Sketch of the medical history of the native army of Bombay, for the year
Year: 1872
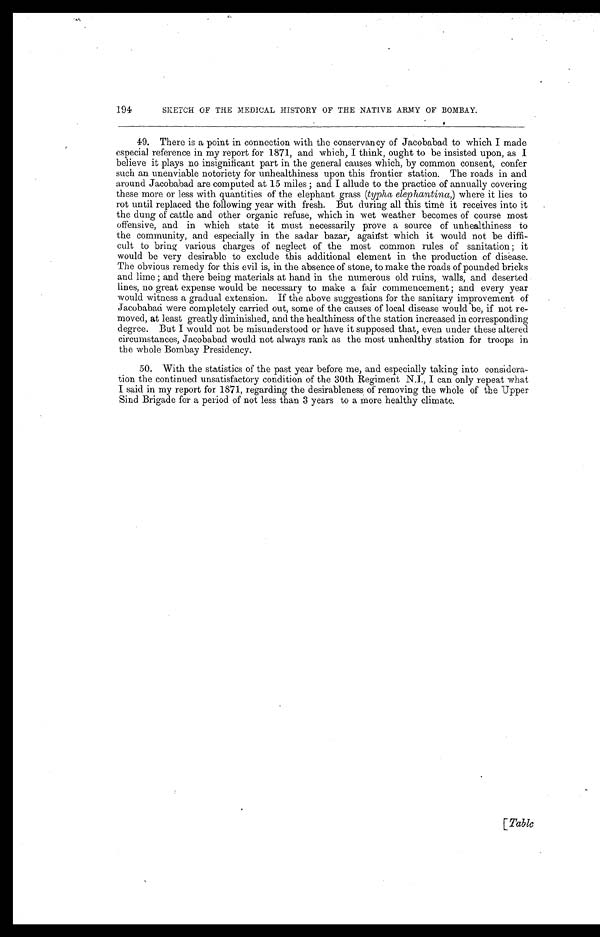
194
SKETCH OF THE MEDICAL HISTORY OF THE NATIVE ARMY OF BOMBAY.
49. There is a point in connection with the conservancy of Jacobabad to which I made
especial reference in my report for 1871, and which, I think, ought to be insisted upon, as I
believe it plays no insignificant part in the general causes which, by common consent, confer
such an unenviable notoriety for unhealthiness upon this frontier station. The roads in and
around Jacobabad are computed at 15 miles ; and I allude to the practice of annually covering
these more or less with quantities of the elephant grass (typha elephantina,) where it lies to
rot until replaced the following year with fresh. But during all this time it receives into it .
the dung of cattle and other organic refuse, which in wet weather becomes of course most
offensive, and in which state it must necessarily prove a source of unhealthiness to
the community, and especially in the sadar bazar, against which it would not be diffi-
cult to bring various charges of neglect of the most common rules of sanitation ; it
would be very desirable to exclude this additional element in the production of disease.
The obvious remedy for this evil is, in the absence of stone, to make the roads of pounded bricks
and lime ; and there being materials at hand in the numerous old ruins, walls, and deserted
lines, no great expense would be necessary to make a fair commencement ; and every year
would witness a gradual extension. If the above suggestions for the sanitary improvement of
Jacobabad were completely carried out, some of the causes of local disease would be, if not re-
moved, at least greatly diminished, and the healthiness of the station increased in corresponding
degree. But I would not be misunderstood or have it supposed that, even under these altered
circumstances, Jacobabad would not always rank as the most unhealthy station for troops in
the whole Bombay Presidency.
50. With the statistics of the past year before me, and especially taking into considera-
tion the continued unsatisfactory condition of the 30th Regiment N.I., I can only repeat what
I said in my report for 1871, regarding the desirableness of removing the whole of the Upper.
Sind Brigade for a period of not less than 3 years to a more healthy climate.
[Table